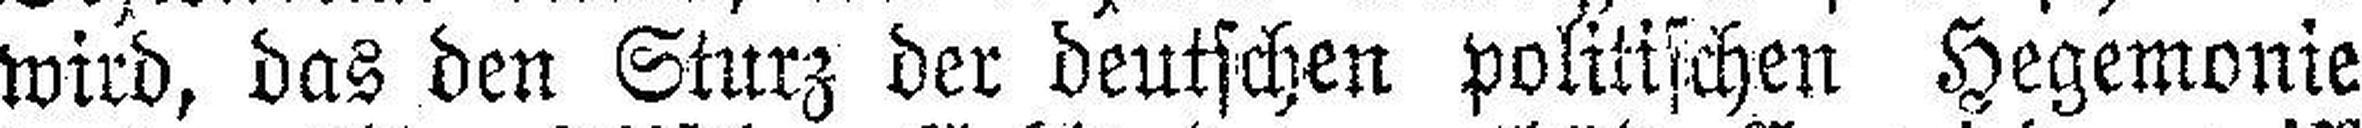
wird, das den Sturz der deutschen politischen Hegemonie